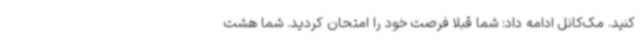
کنید. مک‌کانل ادامه داد: شما قبلا فرصت خود را امتحان کردید. شما هشت